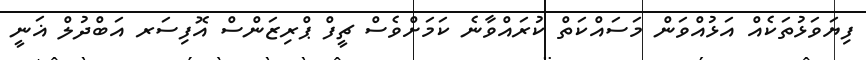
ފިޔަވަޅުތަކެއް އަޅުއްވަން މަސައްކަތް ކުރައްވާނެ ކަމަށްވެސް ޗީފް ޕްރިޒަންސް އޮފިސަރ އަބްދުލް ޣަނީ